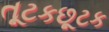
તૂટકછૂટક